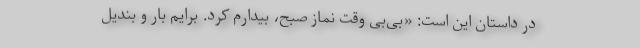
در داستان این است: «بی‌بى وقت نماز صبح، بیدارم کرد. برایم بار و بندیل